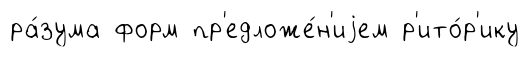
ра́зума форм пр'едложе́н'иjем р'ито́р'ику